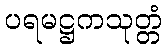
ပရမဋ္ဌကသုတ္တံ